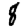
Digit: 8